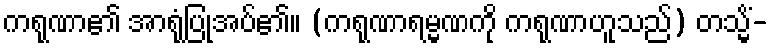
ကရုဏာ၏ အာရုံပြုအပ်၏။ (ကရုဏာရမ္မဏကို ကရုဏာဟူသည်) တသ္မိံ-